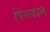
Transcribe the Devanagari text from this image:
पिनफाल